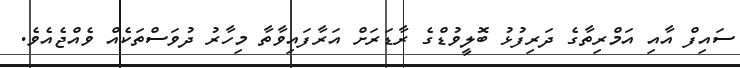
ސައިފް އާއި އަމްރިތާގެ ދަރިފުޅު ބޮލީވުޑްގެ ރާޑަރަށް އަރާފައިވާތާ މިހާރު ދުވަސްތަކެއް ވެއްޖެއެވެ.